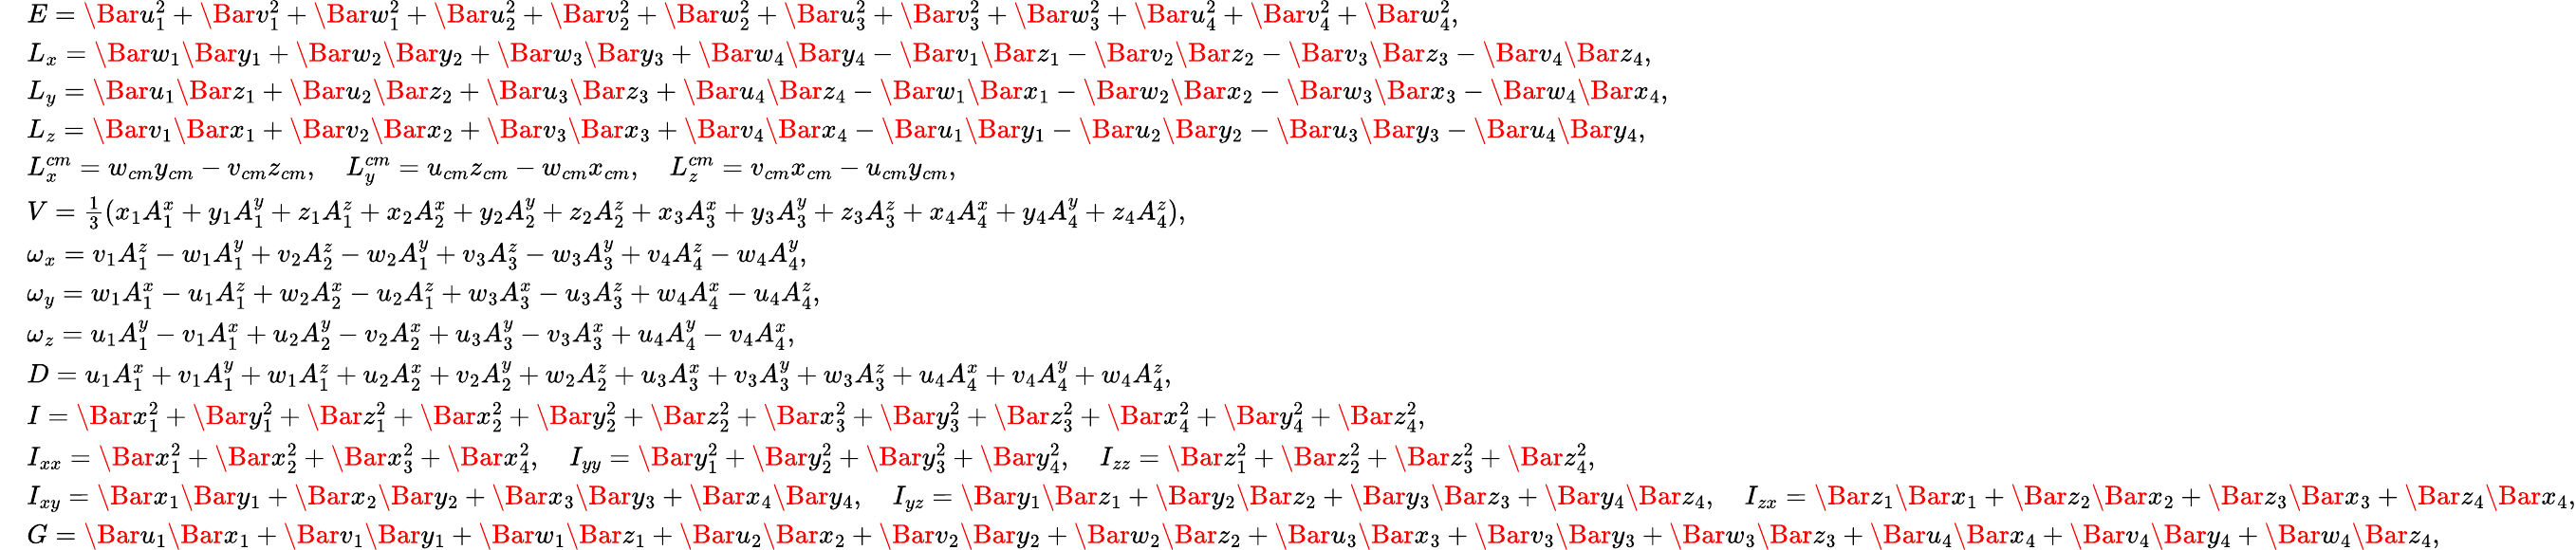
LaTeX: \begin{array}{rl}&{E=\Bar{u}_{1}^{2}+\Bar{v}_{1}^{2}+\Bar{w}_{1}^{2}+\Bar{u}_{2}^{2}+\Bar{v}_{2}^{2}+\Bar{w}_{2}^{2}+\Bar{u}_{3}^{2}+\Bar{v}_{3}^{2}+\Bar{w}_{3}^{2}+\Bar{u}_{4}^{2}+\Bar{v}_{4}^{2}+\Bar{w}_{4}^{2},}\\ &{L_{x}=\Bar{w}_{1}\Bar{y}_{1}+\Bar{w}_{2}\Bar{y}_{2}+\Bar{w}_{3}\Bar{y}_{3}+\Bar{w}_{4}\Bar{y}_{4}-\Bar{v}_{1}\Bar{z}_{1}-\Bar{v}_{2}\Bar{z}_{2}-\Bar{v}_{3}\Bar{z}_{3}-\Bar{v}_{4}\Bar{z}_{4},}\\ &{L_{y}=\Bar{u}_{1}\Bar{z}_{1}+\Bar{u}_{2}\Bar{z}_{2}+\Bar{u}_{3}\Bar{z}_{3}+\Bar{u}_{4}\Bar{z}_{4}-\Bar{w}_{1}\Bar{x}_{1}-\Bar{w}_{2}\Bar{x}_{2}-\Bar{w}_{3}\Bar{x}_{3}-\Bar{w}_{4}\Bar{x}_{4},}\\ &{L_{z}=\Bar{v}_{1}\Bar{x}_{1}+\Bar{v}_{2}\Bar{x}_{2}+\Bar{v}_{3}\Bar{x}_{3}+\Bar{v}_{4}\Bar{x}_{4}-\Bar{u}_{1}\Bar{y}_{1}-\Bar{u}_{2}\Bar{y}_{2}-\Bar{u}_{3}\Bar{y}_{3}-\Bar{u}_{4}\Bar{y}_{4},}\\ &{L_{x}^{cm}=w_{cm}y_{cm}-v_{cm}z_{cm},\quad L_{y}^{cm}=u_{cm}z_{cm}-w_{cm}x_{cm},\quad L_{z}^{cm}=v_{cm}x_{cm}-u_{cm}y_{cm},}\\ &{V=\frac{1}{3}(x_{1}A_{1}^{x}+y_{1}A_{1}^{y}+z_{1}A_{1}^{z}+x_{2}A_{2}^{x}+y_{2}A_{2}^{y}+z_{2}A_{2}^{z}+x_{3}A_{3}^{x}+y_{3}A_{3}^{y}+z_{3}A_{3}^{z}+x_{4}A_{4}^{x}+y_{4}A_{4}^{y}+z_{4}A_{4}^{z}),}\\ &{\omega_{x}=v_{1}A_{1}^{z}-w_{1}A_{1}^{y}+v_{2}A_{2}^{z}-w_{2}A_{1}^{y}+v_{3}A_{3}^{z}-w_{3}A_{3}^{y}+v_{4}A_{4}^{z}-w_{4}A_{4}^{y},}\\ &{\omega_{y}=w_{1}A_{1}^{x}-u_{1}A_{1}^{z}+w_{2}A_{2}^{x}-u_{2}A_{1}^{z}+w_{3}A_{3}^{x}-u_{3}A_{3}^{z}+w_{4}A_{4}^{x}-u_{4}A_{4}^{z},}\\ &{\omega_{z}=u_{1}A_{1}^{y}-v_{1}A_{1}^{x}+u_{2}A_{2}^{y}-v_{2}A_{2}^{x}+u_{3}A_{3}^{y}-v_{3}A_{3}^{x}+u_{4}A_{4}^{y}-v_{4}A_{4}^{x},}\\ &{D=u_{1}A_{1}^{x}+v_{1}A_{1}^{y}+w_{1}A_{1}^{z}+u_{2}A_{2}^{x}+v_{2}A_{2}^{y}+w_{2}A_{2}^{z}+u_{3}A_{3}^{x}+v_{3}A_{3}^{y}+w_{3}A_{3}^{z}+u_{4}A_{4}^{x}+v_{4}A_{4}^{y}+w_{4}A_{4}^{z},}\\ &{I=\Bar{x}_{1}^{2}+\Bar{y}_{1}^{2}+\Bar{z}_{1}^{2}+\Bar{x}_{2}^{2}+\Bar{y}_{2}^{2}+\Bar{z}_{2}^{2}+\Bar{x}_{3}^{2}+\Bar{y}_{3}^{2}+\Bar{z}_{3}^{2}+\Bar{x}_{4}^{2}+\Bar{y}_{4}^{2}+\Bar{z}_{4}^{2},}\\ &{I_{xx}=\Bar{x}_{1}^{2}+\Bar{x}_{2}^{2}+\Bar{x}_{3}^{2}+\Bar{x}_{4}^{2},\quad I_{yy}=\Bar{y}_{1}^{2}+\Bar{y}_{2}^{2}+\Bar{y}_{3}^{2}+\Bar{y}_{4}^{2},\quad I_{zz}=\Bar{z}_{1}^{2}+\Bar{z}_{2}^{2}+\Bar{z}_{3}^{2}+\Bar{z}_{4}^{2},}\\ &{I_{xy}=\Bar{x}_{1}\Bar{y}_{1}+\Bar{x}_{2}\Bar{y}_{2}+\Bar{x}_{3}\Bar{y}_{3}+\Bar{x}_{4}\Bar{y}_{4},\quad I_{yz}=\Bar{y}_{1}\Bar{z}_{1}+\Bar{y}_{2}\Bar{z}_{2}+\Bar{y}_{3}\Bar{z}_{3}+\Bar{y}_{4}\Bar{z}_{4},\quad I_{zx}=\Bar{z}_{1}\Bar{x}_{1}+\Bar{z}_{2}\Bar{x}_{2}+\Bar{z}_{3}\Bar{x}_{3}+\Bar{z}_{4}\Bar{x}_{4},}\\ &{G=\Bar{u}_{1}\Bar{x}_{1}+\Bar{v}_{1}\Bar{y}_{1}+\Bar{w}_{1}\Bar{z}_{1}+\Bar{u}_{2}\Bar{x}_{2}+\Bar{v}_{2}\Bar{y}_{2}+\Bar{w}_{2}\Bar{z}_{2}+\Bar{u}_{3}\Bar{x}_{3}+\Bar{v}_{3}\Bar{y}_{3}+\Bar{w}_{3}\Bar{z}_{3}+\Bar{u}_{4}\Bar{x}_{4}+\Bar{v}_{4}\Bar{y}_{4}+\Bar{w}_{4}\Bar{z}_{4},}\end{array}